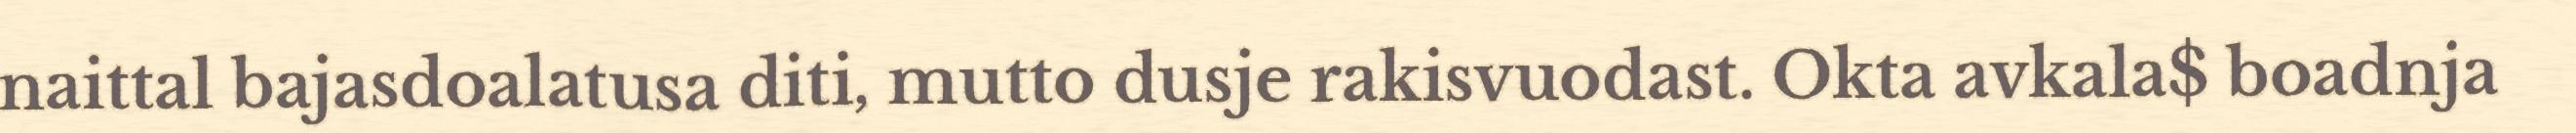
naittal bajasdoalatusa diti, mutto dusje rakisvuodast. Okta avkala$ boadnja